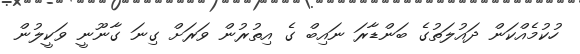
ހުކުމެެއްކަން ދައުލަތުގެ ބަންޑާރަ ނައިބް ގެ އިތުރުން ވަރަށް ގިނަ ގާނޫނީ ވަކީލުން